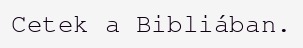
Cetek a Bibliában.